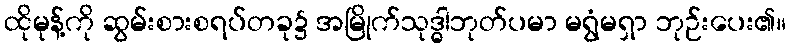
ထိုမုန့်ကို ဆွမ်းစားစရပ်တခု၌ အမြိုက်သုဒ္ဓါဘုတ်ပမာ မရွံမရှာ ဘုဉ်းပေး၏။